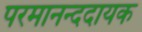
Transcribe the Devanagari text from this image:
परमानन्ददायक